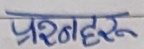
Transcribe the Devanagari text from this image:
प्रणहरू